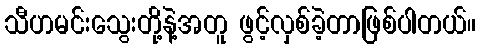
သီဟမင်းသွေးတို့နဲ့အတူ ဖွင့်လှစ်ခဲ့တာဖြစ်ပါတယ်။